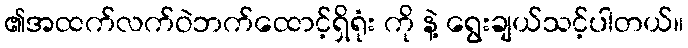
၏အထက်လက်ဝဲဘက်ထောင့်ရှိရုံး ကို နဲ့ ရွေးချယ်သင့်ပါတယ်။